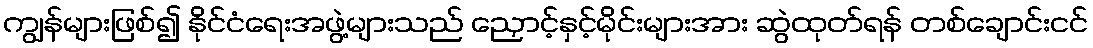
ကျွန်များဖြစ်၍ နိုင်ငံရေးအဖွဲ့များသည် ညှောင့်နှင့်မိုင်းများအား ဆွဲထုတ်ရန် တစ်ချောင်းငင်